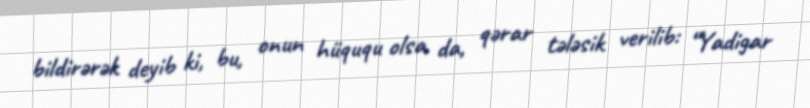
bildirərək deyib ki, bu, onun hüququ olsa da, qərar tələsik verilib: “Yadigar